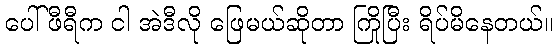
ပေါ်ဖီရီက ငါ အဲဒီလို ဖြေမယ်ဆိုတာ ကြိုပြီး ရိပ်မိနေတယ်။